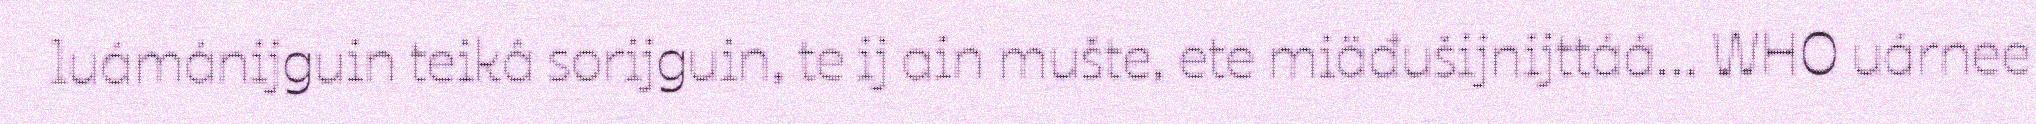
luámánijguin teikâ sorijguin, te ij ain mušte, ete miäđušijnijttáá... WHO uárnee